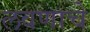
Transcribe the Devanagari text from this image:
लवणाचे